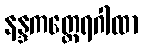
နန္ဒကတ္ထေရဂါထာ